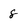
Character: 8